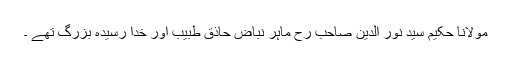
مولانا حکیم سید نور الدین صاحب رح ماہر نباض حاذق طبیب اور خدا رسیدہ بزرگ تھے ۔